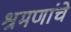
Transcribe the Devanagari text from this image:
श्रमणांचे